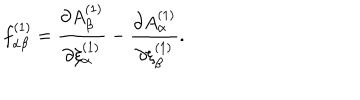
LaTeX: f _ { \alpha \beta } ^ { ( 1 ) } = { \frac { \partial A _ { \beta } ^ { ( 1 ) } } { \partial \xi _ { \alpha } ^ { ( 1 ) } } } - { \frac { \partial A _ { \alpha } ^ { ( 1 ) } } { \partial \xi _ { \beta } ^ { ( 1 ) } } } .